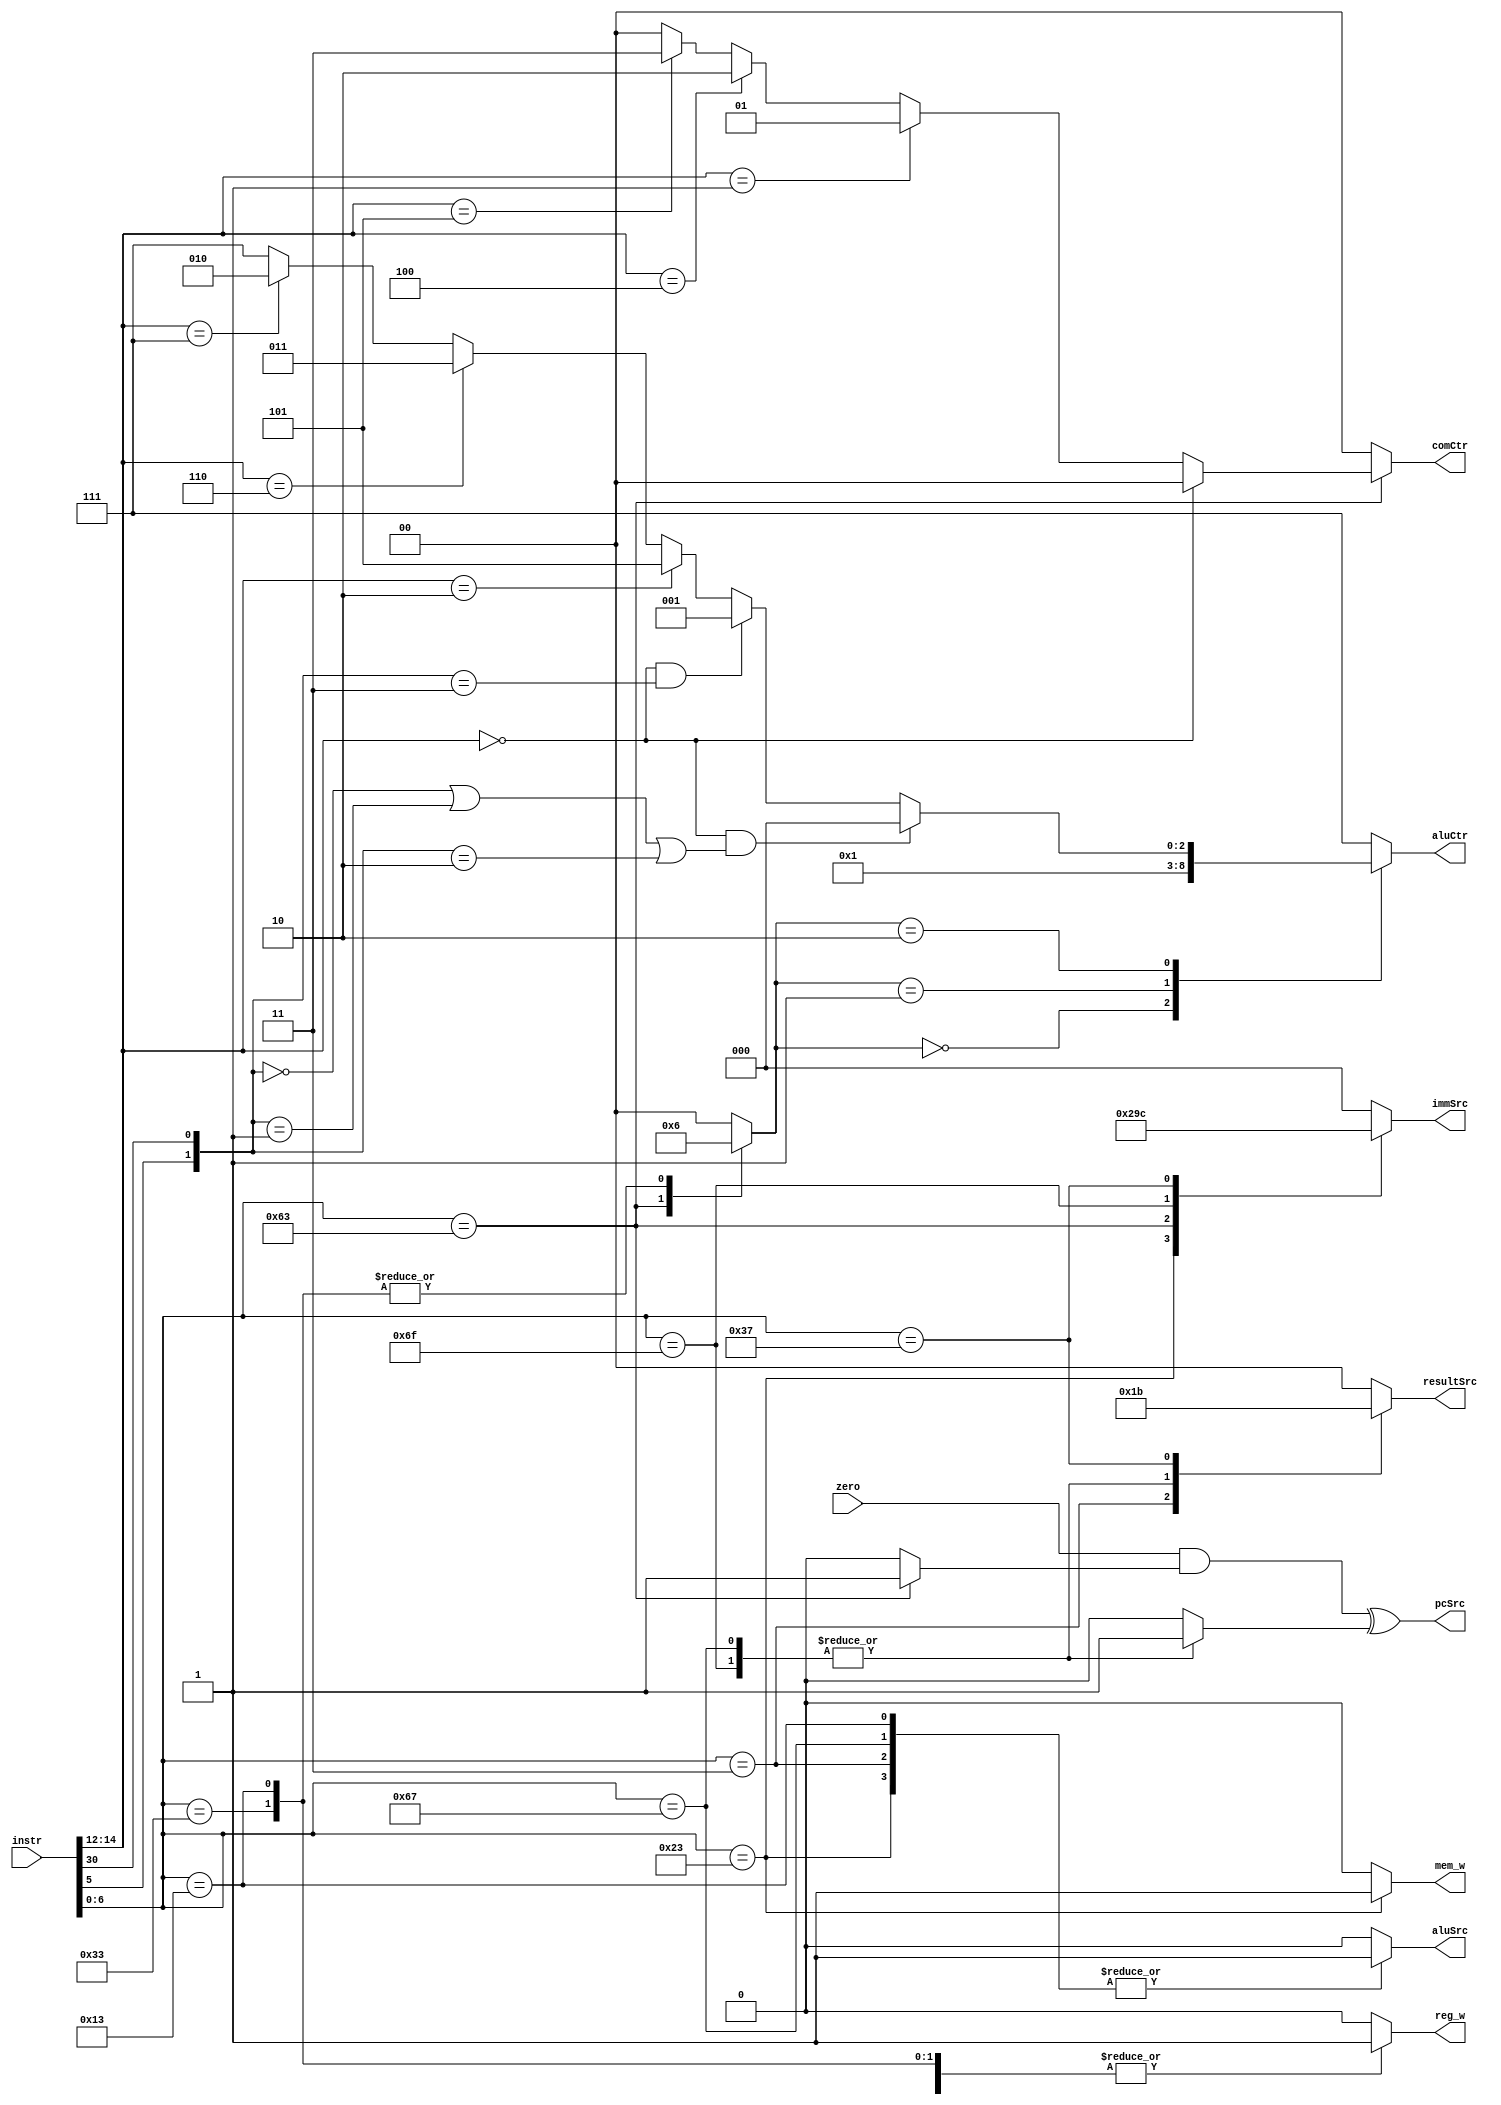
//----------------------------------------------------------------------------------------------------------
// 	
//	ABSTRACT:	Single-Cycle Processor Unit
// 	KEYWORDS:	fpga, basic modulesignal process
// 
// 	MODIFICATION HISTORY:
//	$Log$
//			Biggest_apple 		2023.8.12			create
//								2023.8.14			Adding several instructions
//-----------------------------------------------------------------------------------------------------------
module ctrl(
	input	[31:0]		instr,
	input	zero,				//For jp--
	output	pcSrc,
	output	reg	[1:0]	resultSrc,
	output	reg		mem_w,
	output	reg	[2:0]	aluCtr,
	output	reg	[1:0]	comCtr,
	output	reg		aluSrc,
	output	reg	[2:0]	immSrc,
	output	reg	reg_w

);								//Totally combine-logic that means it cannot run fast --5mhz
wire	[6:0]	op;
wire	[2:0]	funct3;
wire	[6:0]	funct7;

assign op =instr[6:0];
assign funct3 =instr[14:12];
assign funct7 =instr[31:25];

localparam	LW	=7'b000_0011;
localparam	SW	=7'b010_0011;
localparam	RTYPE	=7'b011_0011;
localparam	BTYPE	=7'b110_0011;
localparam	ITYPE 	=7'b001_0011;
localparam	UTYPE	=7'b011_0111;
localparam	JAL	=7'b110_1111;
localparam	JALR =7'b110_0111;
	
reg	jump;
reg	branch;					//Avoid logic error
reg	[1:0]	aluOp;			//Used for R-type instruction

always @(*) begin
	case(op)
		LW: begin			//Load data to the register_file
			reg_w =1'b1;
			immSrc =3'b000;
			aluSrc =1'b1;
			mem_w =1'b0;
			resultSrc =2'b01;
			branch =1'b0;
			jump =1'b0;
			aluOp =2'b00;	//Fixed formula FOR "lw" and "sw" 
			comCtr =2'b00;
		end
		SW: begin
			reg_w =1'b0;
			immSrc =3'b001;
			aluSrc =1'b1;
			mem_w =1'b1;
			resultSrc =2'b00;
			branch =1'b0;
			jump =1'b0;
			aluOp =2'b00;
			comCtr =2'b00;
		end
		RTYPE: begin
			reg_w =1'b1;
			immSrc =3'b000;
			aluSrc =1'b0;
			mem_w =1'b0;
			resultSrc =2'b00;
			branch =1'b0;
			jump =1'b0;
			aluOp =2'b10;	//Alu enables eg:Add,Sub...
			comCtr =2'b00;
		end
		BTYPE: begin
			reg_w =1'b0;
			immSrc =3'b010;
			aluSrc =1'b0;
			mem_w =1'b0;
			resultSrc =2'b00;
			branch =1'b1;
			jump =1'b0;
			aluOp =2'b01;						//Decide by beq, bne ...
			comCtr =(funct3 ==3'b000)? 2'b00:	//beq
					(funct3 ==3'b001)? 2'b01:	//bne
					(funct3 ==3'b100)? 2'b10:	//blt
					(funct3 ==3'b101)? 2'b11:	//bge
											2'b00;
		end
		ITYPE: begin
			reg_w =1'b1;
			immSrc =3'b000;
			aluSrc =1'b1;
			mem_w =1'b0;
			resultSrc =2'b00;
			branch =1'b0;
			jump =1'b0;
			aluOp =2'b10;	//Alu enables eg:Addi,Subi...
			comCtr =2'b00;
		end
		JAL: begin
			reg_w =1'b1;
			immSrc =3'b011;
			aluSrc =1'b0;
			mem_w =1'b0;
			resultSrc =2'b10;
			branch =1'b0;
			jump =1'b1;
			aluOp =2'b00;
			comCtr =2'b00;
		end
		JALR:begin
			reg_w =1'b1;
			immSrc =3'b000;
			aluSrc =1'b1;
			mem_w =1'b0;
			resultSrc =2'b10;
			branch =1'b0;
			jump =1'b1;
			aluOp =2'b00;	//Default:Add
			comCtr =2'b00;
		end
		UTYPE: begin
			reg_w =1'b1;		//Note here...
			immSrc =3'b100;		
			aluSrc =1'b0;
			mem_w =1'b0;
			resultSrc =2'b11;
			branch =1'b0;
			jump =1'b0;
			aluOp =2'b00;
			comCtr =2'b00;
		end
		default:begin			//Error--
			reg_w =1'b0;
			immSrc =3'b000;
			aluSrc =1'b0;
			mem_w =1'b0;
			resultSrc =2'b00;
			branch =1'b0;
			jump =1'b0;
			aluOp =2'b00;
			comCtr =2'b00;
		end
	endcase
end
							//Alu decoder

always @(*) begin
	case(aluOp)
		2'b00:
			aluCtr =3'b000;
		2'b01:
			aluCtr =3'b001;
		2'b10:begin
			if(funct3 ==3'b000 &&(({op[5],funct7[5]} ==2'b00)
								||({op[5],funct7[5]} ==2'b01)
								||({op[5],funct7[5]} ==2'b10)))
				aluCtr=3'b000;	//Add
			else if(funct3 ==3'b000 &&(({op[5],funct7[5]} ==2'b11)))
				aluCtr=3'b001;	//Sub
			else if(funct3 ==3'b010)
				aluCtr=3'b101;	//Slt
			else if(funct3 ==3'b110)
				aluCtr=3'b011;	//Or
			else if(funct3 ==3'b111)
				aluCtr=3'b010;	//And
			else
				aluCtr=3'b111;	//Error--
		end
		default:
			aluCtr =3'b111;		//Error--
	endcase
end

//Jump instruction logic
assign pcSrc =(zero &&branch) ^jump;
/*Support instruction as followed*/
/*
	lw
	sw
	add
	sub
	and
	or
	slt
	beq
	jal
	addi
	subi
	andi
	ori
	slti
	li (load imm_32) :fake..
	
	lui,j,jr,shift instrictions... not support now
	The instruction that must be added:
	bne 
	bge 
	jalr
	blt
	lui
	
*/
endmodule